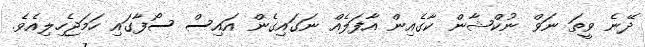
ދޭނެ ވީތަ ނަވް ނުކްޝާން ކާގެއިން އާފަލެއް ނަގައިގެން އައިސް ސޯފާގައި ހަމަޖެހިލިއެވެ.